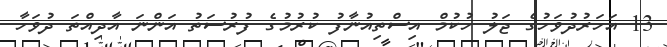
13 އަހަރުދުވަހުގެ ޖަލު ހުކުމް އިސްތިއުނާފު ކުރުމުގެ ފުރުސަތު އަންނަ އާދިއްތަ ދުވަހާ